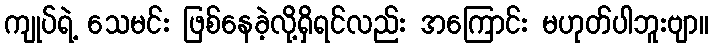
ကျုပ်ရဲ့ သေမင်း ဖြစ်နေခဲ့လို့ရှိရင်လည်း အကြောင်း မဟုတ်ပါဘူးဗျာ။